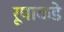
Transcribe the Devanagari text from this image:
रूपाकडे